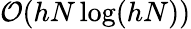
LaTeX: \mathcal{O}(hN\log(hN))